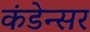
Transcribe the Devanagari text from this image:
कंडेन्सर